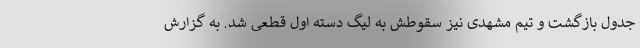
جدول بازگشت و تیم مشهدی نیز سقوطش به لیگ دسته اول قطعی شد. به گزارش